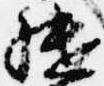
継